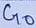
Text: G0